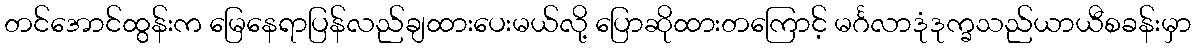
တင်အောင်ထွန်းက မြေနေရာပြန်လည်ချထားပေးမယ်လို့ ပြောဆိုထားတကြောင့် မင်္ဂလာဒုံဒုက္ခသည်ယာယီစခန်းမှာ